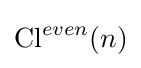
\operatorname {\text{Cl}} ^{even}(n)